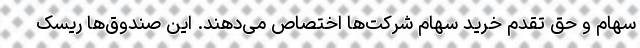
سهام و حق تقدم خرید سهام شرکت‌ها اختصاص می‌دهند. این صندوق‌ها ریسک